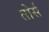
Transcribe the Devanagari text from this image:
तोर्स